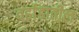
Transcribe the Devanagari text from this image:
वर्हाडातील